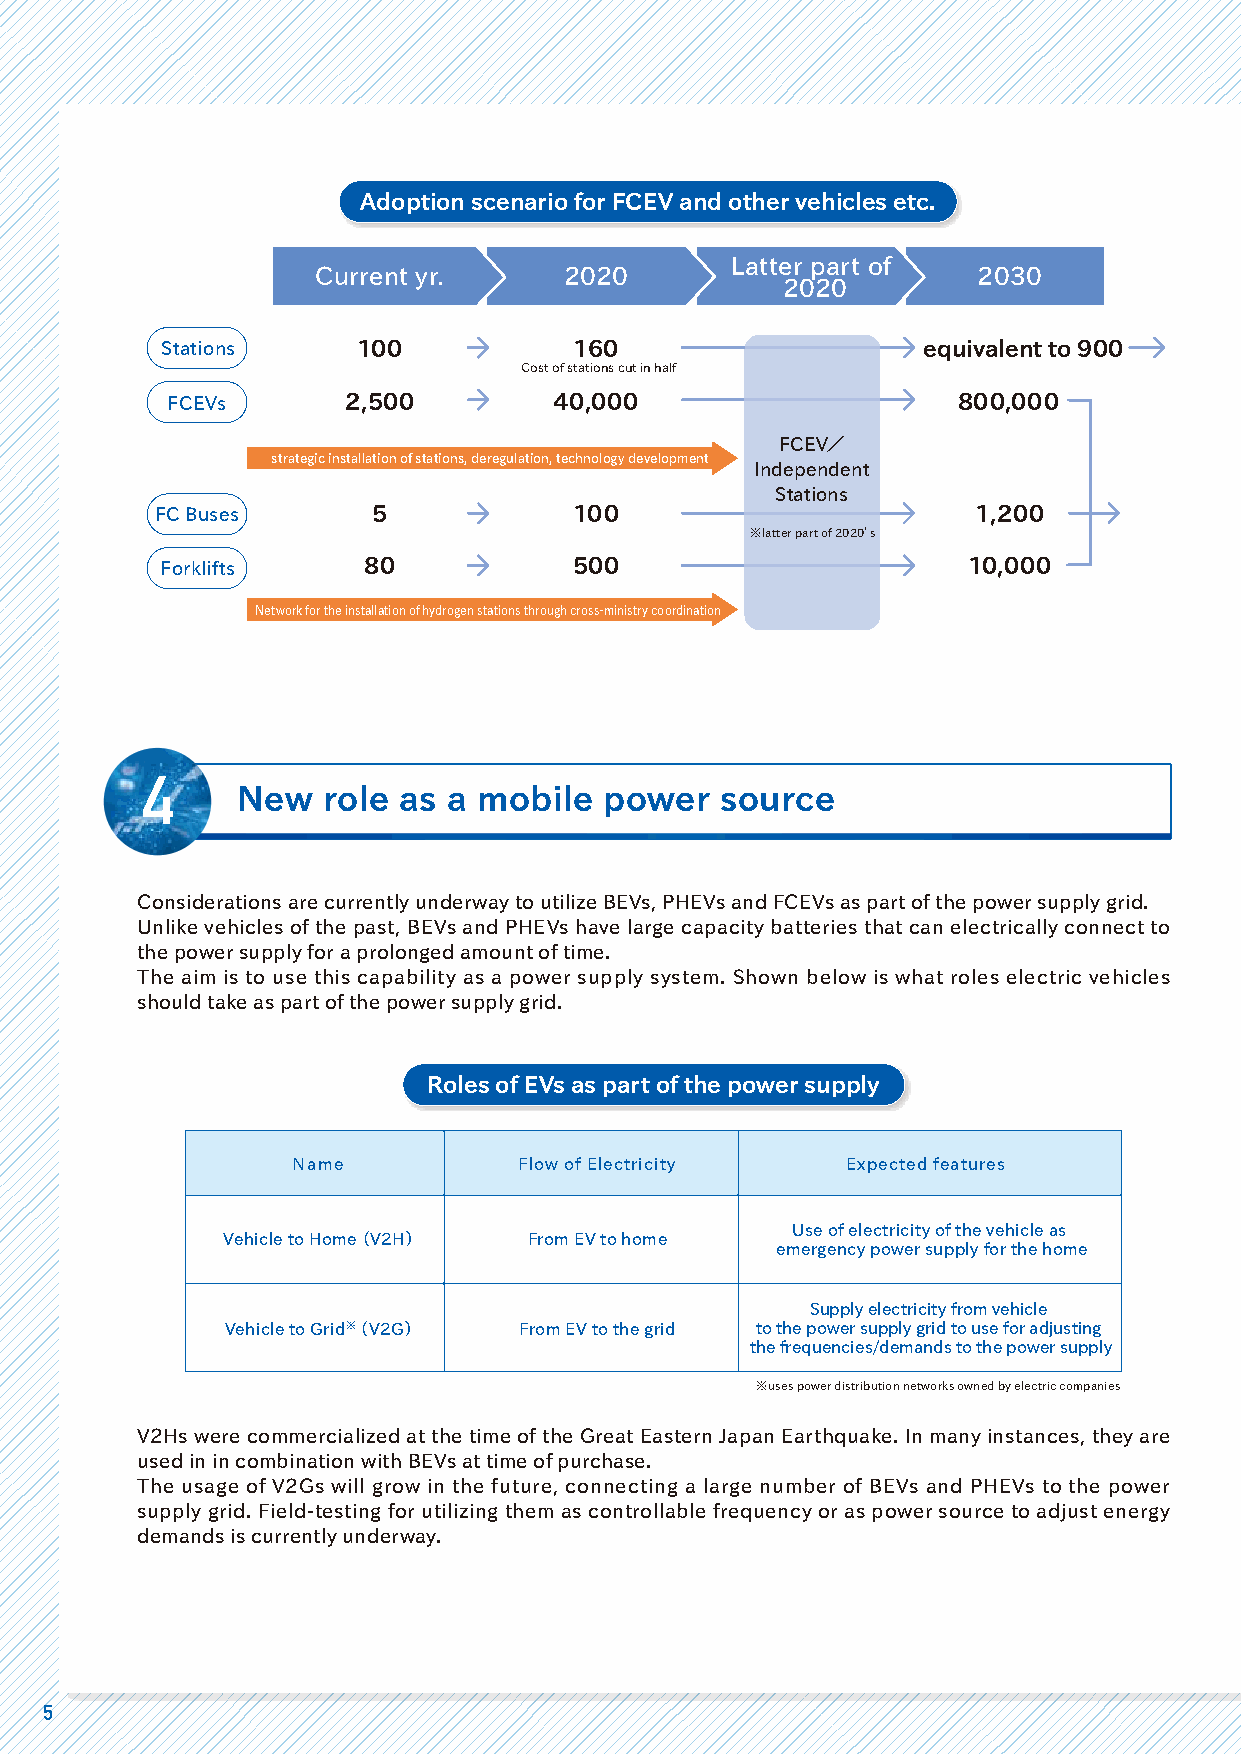
Adoption scenario for FCEV and other vehicles etc.
 Latter part of
 Current yr.     2020                        2030
 2020
 Stations     100           160                    equivalent to 900
 Cost of stations cut in half
 FCEVs       2,500         40,000                    800,000
 FCEV／
 strategic installation of stations, deregulation, technology development
 Independent
 Stations
 FC Buses       5            100                        1,200
 ※latter part of 2020’s
 Forklifts    80            500                       10,000
 Network for the installation of hydrogen stations through cross-ministry coordination
 4
 New  role as  a mobile  power   source
 Considerations are currently underway to utilize BEVs, PHEVs and FCEVs as part of the power supply grid.
 Unlike vehicles of the past, BEVs and PHEVs have large capacity batteries that can electrically connect to
 the power supply for a prolonged amount of time.
 The aim is to use this capability as a power supply system. Shown below is what roles electric vehicles
 should take as part of the power supply grid.
 Roles of EVs as part of the power supply
 Name           Flow of Electricity   Expected features
 Use of electricity of the vehicle as
 Vehicle to Home（ V2H） From EV to home
 emergency power supply for the home
 Supply electricity from vehicle
 Vehicle to Grid※（ V2G） From EV to the grid to the power supply grid to use for adjusting
 the frequencies/demands to the power supply
 ※uses power distribution networks owned by electric companies
 V2Hs were commercialized at the time of the Great Eastern Japan Earthquake. In many instances, they are
 used in in combination with BEVs at time of purchase.
 The usage of V2Gs will grow in the future, connecting a large number of BEVs and PHEVs to the power
 supply grid. Field-testing for utilizing them as controllable frequency or as power source to adjust energy
 demands is currently underway.
 5